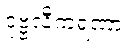
ဒုဗ္ဗလီကရဏာ